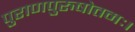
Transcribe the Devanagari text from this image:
पुराणपुरुषोत्तमः।